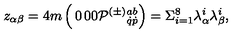
z _ { \alpha \beta } = 4 m \left( \begin{matrix} { 0 } & { 0 } \\ { 0 } & { { \cal P } ^ { ( \pm ) } { } _ { \dot { q } \dot { p } } ^ { a b } } \\ \end{matrix} \right) = \Sigma _ { i = 1 } ^ { 8 } \lambda _ { \alpha } ^ { i } \lambda _ { \beta } ^ { i } ,